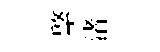
綮渚